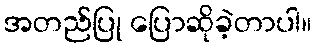
အတည်ပြု ပြောဆိုခဲ့တာပါ။